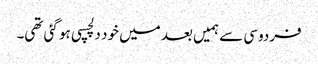
فردوسی سے ہمیں بعد میں خود دلچسپی ہو گئی تھی۔